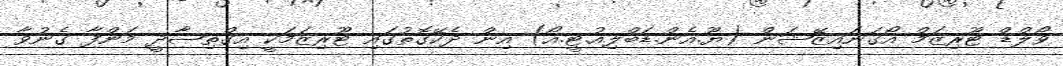
ވޯލްޑް ޓޫރިޒަމް އޯގަނައިޒޭޝަން (ޔޫ.އެން.ޑަބްލިއު.ޓީ.އޯ) އިން ދެކޭގޮތުގައި ޓޫރިޒަމަކީ އިގްތިޞާދީ މަންފާ ގެނުވާ